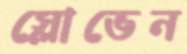
স্লোভেন